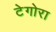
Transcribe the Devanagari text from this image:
टेगोरा